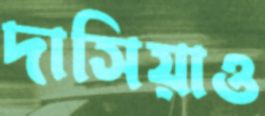
দাসিয়াও